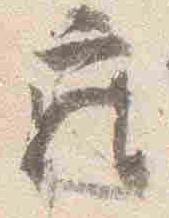
座